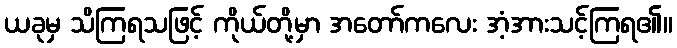
ယခုမှ သိကြရသဖြင့် ကိုယ်တို့မှာ အတော်ကလေး အံ့အားသင့်ကြရ၏။